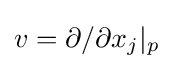
v=\partial /\partial x_{j}|_{p}